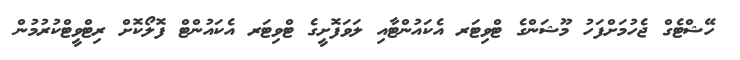
ހޭޝްޓެގް ޖެހުމަށްފަހު މޫޝަންގެ ޓްވިޓަރ އެކައުންޓާއި ލަވަފޮށީގެ ޓްވިޓަރ އެކައުންޓް ފޮލޯކޮށް ރިޓްވީޓްކުރުމުން